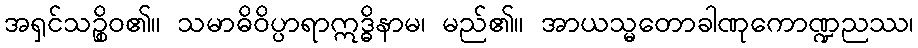
အရှင်သဉ္စိဝ၏။ သမာဓိဝိပ္ပာရာဣဒ္ဓိနာမ၊ မည်၏။ အာယသ္မတောခါဏုကောဏ္ဍညဿ၊